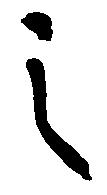
之